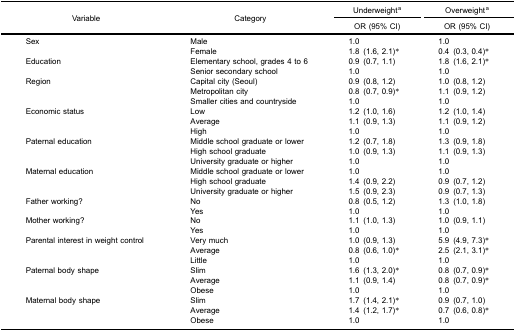
<table><thead><tr><td rowspan="3"><b>Variable</b></td><td rowspan="3"><b>Category</b></td><td colspan="2"><b>Underweight<sup>a</sup></b></td><td colspan="2"><b>Overweight<sup>a</sup></b></td></tr><tr><td colspan="2"><b>OR (95% CI)</b></td><td colspan="2"><b>OR (95% CI)</b></td></tr></thead><tbody><tr><td rowspan="2">Sex</td><td>Male</td><td>1.0</td><td> </td><td>1.0</td><td> </td></tr><tr><td>Female</td><td>1.8</td><td>(1.6, 2.1)*</td><td>0.4</td><td>(0.3, 0.4)*</td></tr><tr><td rowspan="2">Education</td><td>Elementary school, grades 4 to 6</td><td>0.9</td><td>(0.7, 1.1)</td><td>1.8</td><td>(1.6, 2.1)*</td></tr><tr><td>Senior secondary school</td><td>1.0</td><td> </td><td>1.0</td><td> </td></tr><tr><td rowspan="3">Region</td><td>Capital city (Seoul)</td><td>0.9</td><td>(0.8, 1.2)</td><td>1.0</td><td>(0.8, 1.2)</td></tr><tr><td>Metropolitan city</td><td>0.8</td><td>(0.7, 0.9)*</td><td>1.1</td><td>(0.9, 1.2)</td></tr><tr><td>Smaller cities and countryside</td><td>1.0</td><td> </td><td>1.0</td><td> </td></tr><tr><td rowspan="3">Economic status</td><td>Low</td><td>1.2</td><td>(1.0, 1.6)</td><td>1.2</td><td>(1.0, 1.4)</td></tr><tr><td>Average</td><td>1.1</td><td>(0.9, 1.3)</td><td>1.1</td><td>(0.9, 1.2)</td></tr><tr><td>High</td><td>1.0</td><td> </td><td>1.0</td><td> </td></tr><tr><td rowspan="3">Paternal education</td><td>Middle school graduate or lower</td><td>1.2</td><td>(0.7, 1.8)</td><td>1.3</td><td>(0.9, 1.8)</td></tr><tr><td>High school graduate</td><td>1.0</td><td>(0.9, 1.3)</td><td>1.1</td><td>(0.9, 1.3)</td></tr><tr><td>University graduate or higher</td><td>1.0</td><td> </td><td>1.0</td><td> </td></tr><tr><td rowspan="3">Maternal education</td><td>Middle school graduate or lower</td><td>1.0</td><td> </td><td>1.0</td><td> </td></tr><tr><td>High school graduate</td><td>1.4</td><td>(0.9, 2.2)</td><td>0.9</td><td>(0.7, 1.2)</td></tr><tr><td>University graduate or higher</td><td>1.5</td><td>(0.9, 2.3)</td><td>0.9</td><td>(0.7, 1.3)</td></tr><tr><td rowspan="2">Father working?</td><td>No</td><td>0.8</td><td>(0.5, 1.2)</td><td>1.3</td><td>(1.0, 1.8)</td></tr><tr><td>Yes</td><td>1.0</td><td> </td><td>1.0</td><td> </td></tr><tr><td rowspan="2">Mother working?</td><td>No</td><td>1.1</td><td>(1.0, 1.3)</td><td>1.0</td><td>(0.9, 1.1)</td></tr><tr><td>Yes</td><td>1.0</td><td> </td><td>1.0</td><td> </td></tr><tr><td rowspan="3">Parental interest in weight control</td><td>Very much</td><td>1.0</td><td>(0.9, 1.3)</td><td>5.9</td><td>(4.9, 7.3)*</td></tr><tr><td>Average</td><td>0.8</td><td>(0.6, 1.0)*</td><td>2.5</td><td>(2.1, 3.1)*</td></tr><tr><td>Little</td><td>1.0</td><td> </td><td>1.0</td><td> </td></tr><tr><td rowspan="3">Paternal body shape</td><td>Slim</td><td>1.6</td><td>(1.3, 2.0)*</td><td>0.8</td><td>(0.7, 0.9)*</td></tr><tr><td>Average</td><td>1.1</td><td>(0.9, 1.4)</td><td>0.8</td><td>(0.7, 0.9)*</td></tr><tr><td>Obese</td><td>1.0</td><td> </td><td>1.0</td><td> </td></tr><tr><td rowspan="3">Maternal body shape</td><td>Slim</td><td>1.7</td><td>(1.4, 2.1)*</td><td>0.9</td><td>(0.7, 1.0)</td></tr><tr><td>Average</td><td>1.4</td><td>(1.2, 1.7)*</td><td>0.7</td><td>(0.6, 0.8)*</td></tr><tr><td>Obese</td><td>1.0</td><td> </td><td>1.0</td><td> </td></tr></tbody></table>